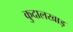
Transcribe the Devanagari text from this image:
कुदालखाड़